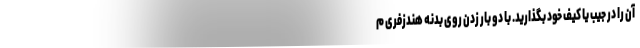
آن را در جیب یا کیف خود بگذارید. با دو بار زدن روی بدنه هندزفری م